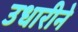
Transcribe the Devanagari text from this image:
उधारीने